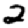
Digit: 2